Report on the cholera epidemic of
Year: 1868
Disease focus: Cholera
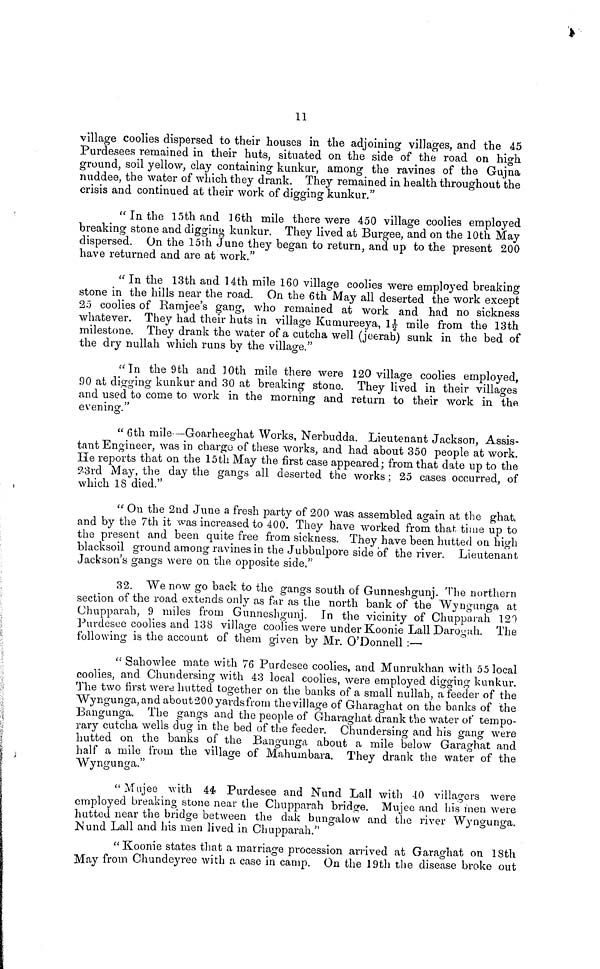
11
village coolies dispersed to their houses in the adjoining villages, and the 45
Purdesees remained in their huts, situated on the side of the road on high
ground, soil yellow, clay containing kunkur, among the ravines of the Gujna
nuddee, the water of which they drank. They remained in health throughout the
crisis and continued at their work of digging kunkur."
" In the 15th and 16th mile there were 450 village coolies employed
breaking stone and digging kunkur. They lived at Burgee, and on the 10th May
dispersed. On the 15th June they began to return, and up to the present 200
have returned and are at work."
" In the 13th and 14th mile 160 village coolies were employed breaking
stone in the hills near the road. On the 6th May all deserted the work except
25 coolies of Ramjee's gang, who remained at work and had no sickness
whatever. They had their huts in village Kumureeya, 1½ mile from the 13th
milestone. They drank the water of a cutcha well (jeerah) sunk in the bed of
the dry nullah which runs by the village."
"In the 9th and 10th mile there were 120 village coolies employed,
90 at digging kunkur and 30 at breaking stone. They lived in their villages
and used to come to work in the morning and return to their work in the
evening."
" 6th mile—Goarheeghat Works, Nerbudda. Lieutenant Jackson, Assis-
tant Engineer, was in charge of these works, and had about 350 people at work.
He reports that on the 15th May the first case appeared; from that date up to the
23rd May, the day the gangs all deserted the works; 25 cases occurred, of
which 18 died."
" On the 2nd June a fresh party of 200 was assembled again at the ghat,
and by the 7th it was increased to 400. They have worked from that time up to
the present and been quite free from sickness. They have been hutted on high
blacksoil ground among ravines in the Jubbulpore side of the river. Lieutenant
Jackson's gangs were on the opposite side."
32. We now go back to the gangs south of Gunneshgunj. The northern
section of the road extends only as far as the north bank of the Wyngunga at
Chupparah, 9 miles from Gunneshgunj. In the vicinity of Chupparah 120
Purdesee coolies and 138 village coolies were under Koonie Lall Darogah. The
following is the account of them given by Mr. O'Donnell :—
" Sahowlee mate with 76 Purdesee coolies, and Munrukhan with 55 local
coolies, and Chuudersing with 43 local coolies, were employed digging kunkur.
The two first were hutted together on the banks of a small nullah, a feeder of the
"Wyngunga, and about 200 yards from the village of Gharaghat on the banks of the
Bangunga. The gangs and the people of Gharaghat drank the water of tempo-
rary cutcha wells dug in the bed of the feeder. Chundersing and his gang were
hutted on the banks of the Bangunga about a mile below Garaghat and
half a mile from the village of Mahumbara. They drank the water of the
"Wyngunga."
" Mujee with 44 Purdesee and Nund Lall with 40 villagers were
employed breaking stone near the Chupparah bridge. Mujee and his men were
hutted near the bridge between the dak bungalow and the river Wyngunga.
Nund Lall and his men lived in Chupparah."
" Koonie states that a marriage procession arrived at Garaghat on 18th
May from Chundeyree with a case in camp. On the 19th the disease broke out